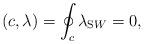
LaTeX: \begin{align*}(c,\lambda )=\oint _{c}\lambda _{\mathrm SW} =0,\end{align*}